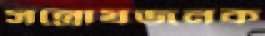
সন্তোষজনক